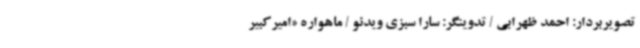
تصویربردار: احمد ظهرابی / تدوینگر: سارا سبزی ویدئو / ماهواره «امیرکبیر